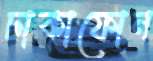
ঢাকাফোন